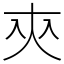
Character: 㚒